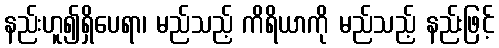
နည်းဟူ၍ရှိပေရာ၊ မည်သည့် ကိရိယာကို မည်သည့် နည်းဖြင့်